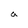
Character: a